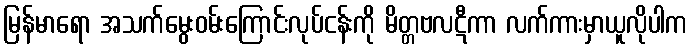
မြန်မာရော အသက်မွေးဝမ်းကြောင်းလုပ်ငန်းကို မိတ္တဗလဋီကာ လက်ကားမှာယူလိုပါက